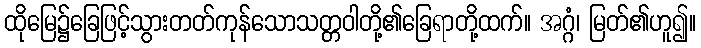
ထိုမြေ၌ခြေဖြင့်သွားတတ်ကုန်သောသတ္တဝါတို့၏ခြေရာတို့ထက်။ အဂ္ဂံ၊ မြတ်၏ဟူ၍။